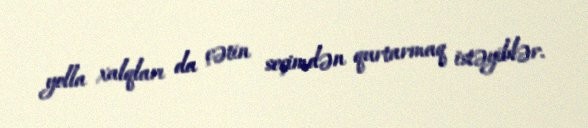
yolla xalqları da çətin seçimdən qurtarmaq istəyiblər.